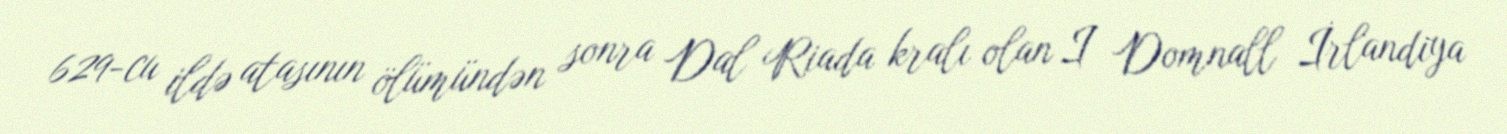
629-cu ildə atasının ölümündən sonra Dal Riada kralı olan I Domnall İrlandiya